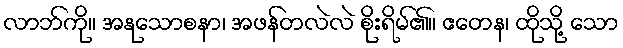
လာဘ်ကို။ အနုသောစနာ၊ အဖန်တလဲလဲ စိုးရိမ်၏။ ဧတေန၊ ထိုသို့ သော